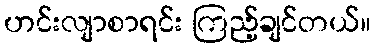
ဟင်းလျာစာရင်း ကြည့်ချင်တယ်။